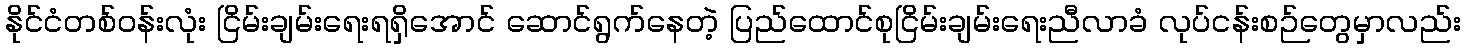
နိုင်ငံတစ်ဝန်းလုံး ငြိမ်းချမ်းရေးရရှိအောင် ဆောင်ရွက်နေတဲ့ ပြည်ထောင်စုငြိမ်းချမ်းရေးညီလာခံ လုပ်ငန်းစဉ်တွေမှာလည်း